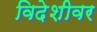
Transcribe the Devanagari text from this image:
विदेशीवर